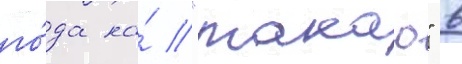
го́да на́ "такао" в